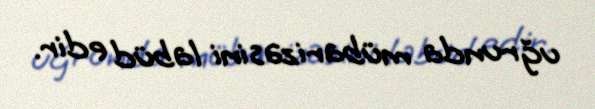
uğrunda mübarizəsini labüd edir.